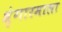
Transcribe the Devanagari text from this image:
श्रृंगारमाला